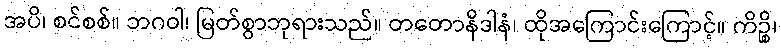
အပိ၊ စင်စစ်။ ဘဂဝါ၊ မြတ်စွာဘုရားသည်။ တတောနိဒါနံ၊ ထိုအကြောင်းကြောင့်။ ကိဉ္စိ၊